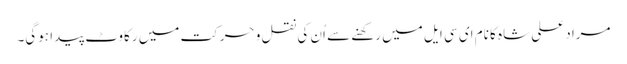
مراد علی شاہ کا نام ای سی ایل میں رکھنے سے اُن کی نقل و حرکت میں رکاوٹ پیدا ہوگی۔